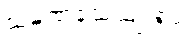
သမဏသေယျာရူပံ